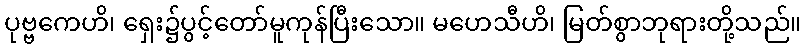
ပုဗ္ဗကေဟိ၊ ရှေး၌ပွင့်တော်မူကုန်ပြီးသော။ မဟေသီဟိ၊ မြတ်စွာဘုရားတို့သည်။